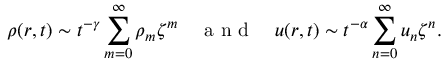
\rho ( r , t ) \sim t ^ { - \gamma } \sum _ { m = 0 } ^ { \infty } \rho _ { m } \zeta ^ { m } \quad \mathrm { ~ a ~ n ~ d ~ } \quad u ( r , t ) \sim t ^ { - \alpha } \sum _ { n = 0 } ^ { \infty } u _ { n } \zeta ^ { n } .